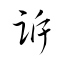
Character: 訴